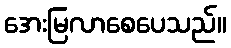
အေးမြလာစေပေသည်။